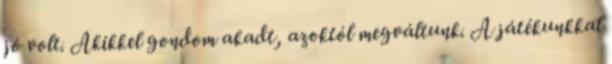
jó volt. Akikkel gondom akadt, azoktól megváltunk. A játékunkkal